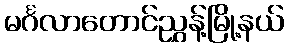
မင်္ဂလာတောင်ညွှန့်မြို့နယ်